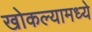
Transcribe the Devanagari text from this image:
खोकल्यामध्ये